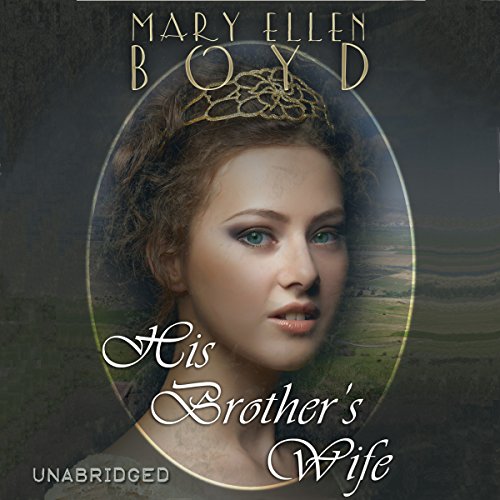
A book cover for His Brother's Wife: Days of the Judges Volume 2; Mary Ellen Boyd; Romance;